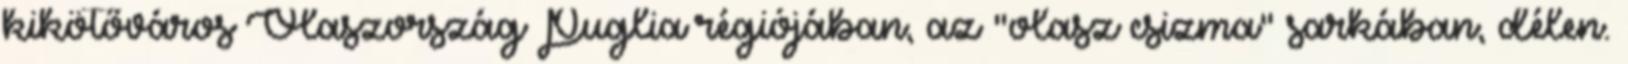
kikötőváros Olaszország Puglia régiójában, az "olasz csizma" sarkában, délen.